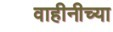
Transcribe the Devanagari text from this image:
वाहीनीच्या